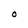
Character: O